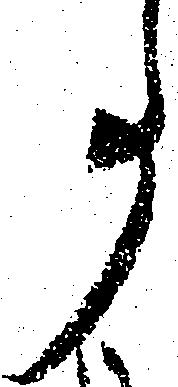
事